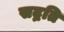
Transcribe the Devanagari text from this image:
सद्नति